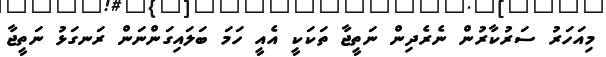
މިއަހަރު ސަރުކާރުން ނެރެދިން ނަތީޖާ ތަކަކީ އެއީ ހަމަ ބަލައިގަންނަން ރަނގަޅު ނަތީޖާ